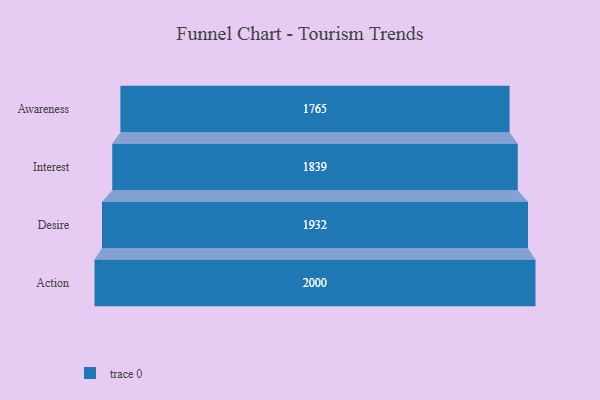
{"axis": {"x": "Stage", "y": "Value"}, "legend": [""], "data": [{"x": "Awareness", "y": 1765.0, "type": ""}, {"x": "Interest", "y": 1839.0, "type": ""}, {"x": "Desire", "y": 1932.0, "type": ""}, {"x": "Action", "y": 2000, "type": ""}]}